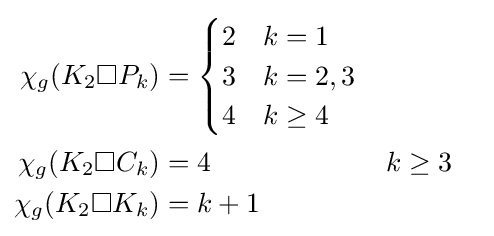
{\begin{aligned}\chi _{g}(K_{2}\square P_{k})&={\begin{cases}2&k=1\\3&k=2,3\\4&k\geq 4\end{cases}}\\\chi _{g}(K_{2}\square C_{k})&=4&&k\geq 3\\\chi _{g}(K_{2}\square K_{k})&=k+1\end{aligned}}